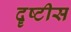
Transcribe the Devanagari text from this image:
दॄष्टीस